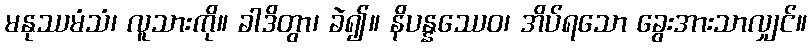
မနုဿမံသံ၊ လူသားကို။ ခါဒိတွာ၊ ခဲ၍။ နိပန္နဿေဝ၊ အိပ်ရသော ခွေးအားသာလျှင်။